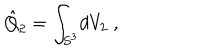
\hat { Q } _ { 2 } = \int _ { S ^ { 3 } } \! d V _ { 2 } \ ,